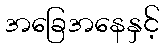
အခြေအနေနှင့်